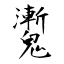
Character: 魙